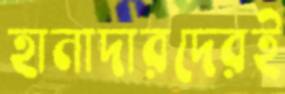
হানাদারদেরই